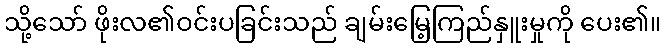
သို့သော် ဖိုးလ၏ဝင်းပခြင်းသည် ချမ်းမြေ့ကြည်နှူးမှုကို ပေး၏။